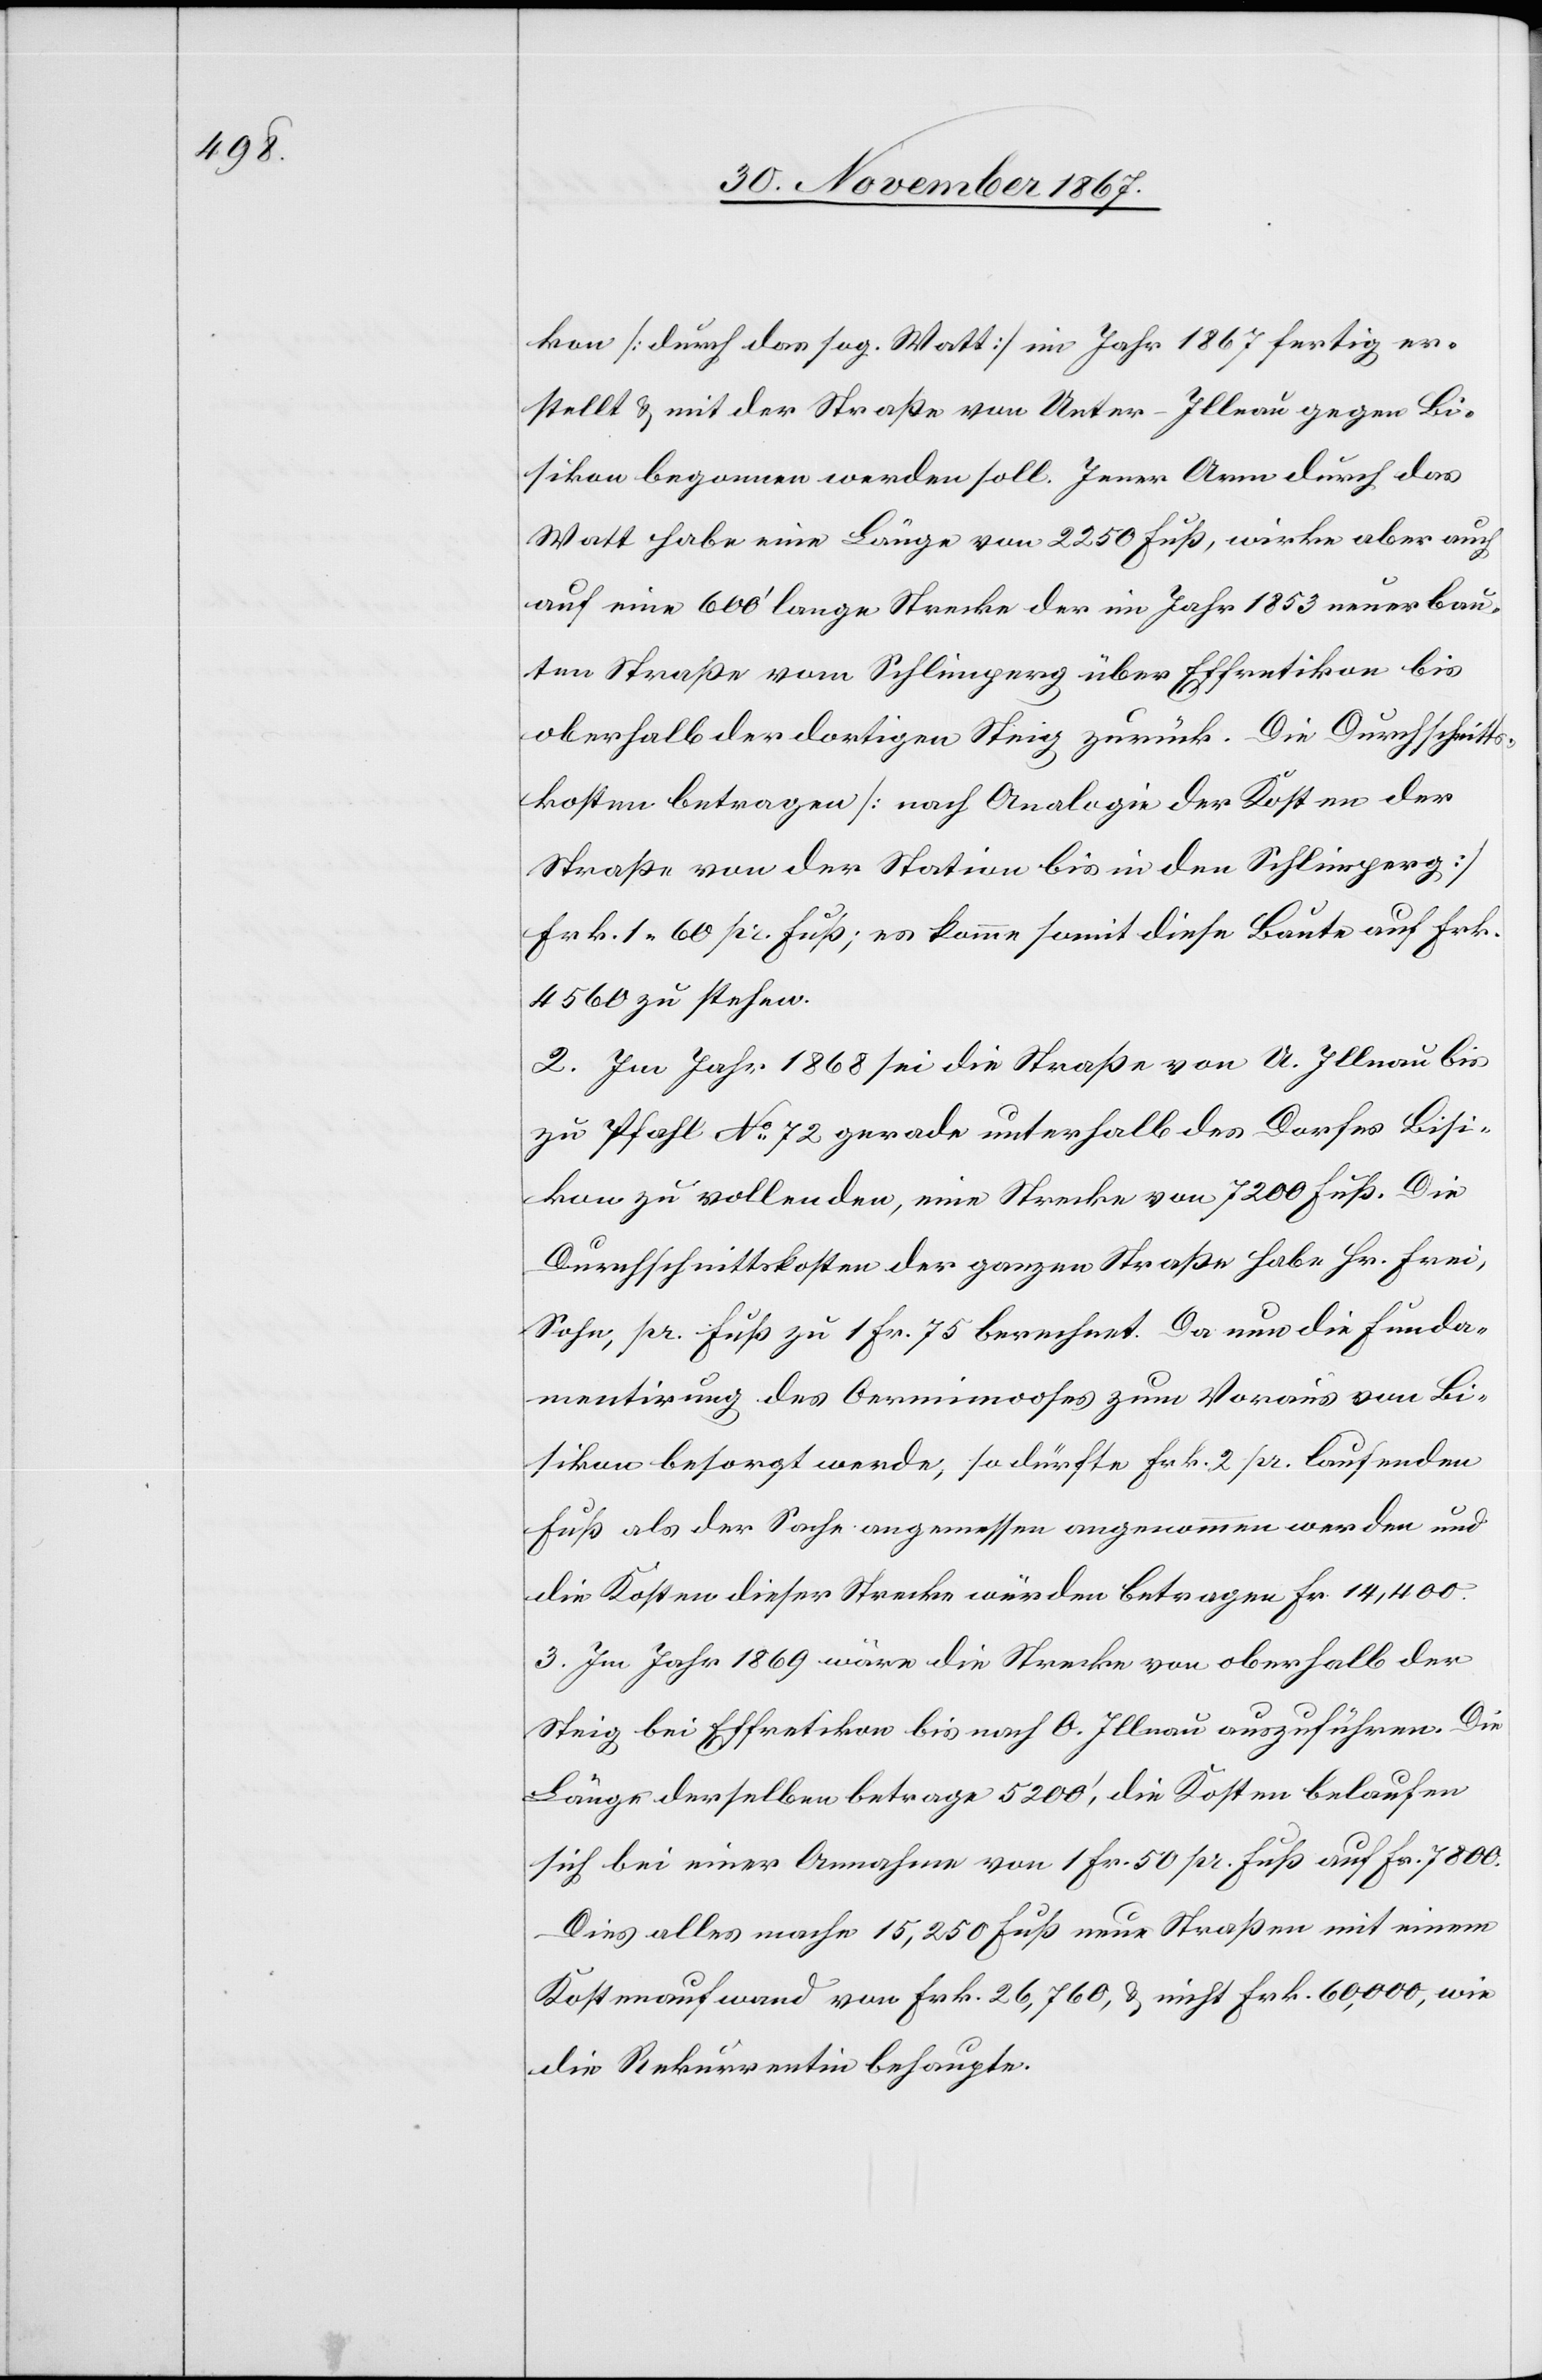
kon [durch das sog. Watt] im Jahr 1867 fertig er¬
stellt u. mit der Straße von Unter-Illnau gegen Bi¬
sikon begonnen werden soll. Jener Arm durch das
Watt habe eine Länge von 2250 Fuß, wirke aber auch
auf eine 600‘ lange Strecke der im Jahr 1853 neuerbau¬
ten Straße von Schlimperg über Effretikon bis
oberhalb der dortigen Steig zurück. Die Durchschnitts¬
kosten betragen [nach Analogie der Kosten der
Straße von der Station bis in den Schlimperg]
Frk. 1.60 pr. Fuß; es komme somit diese Baute auf Frk.
4560 zu stehen.
2. Im Jahr 1868 sei die Straße von O. Illnau bis
zu Pfahl No. 72 gerade unterhalb des Dorfes Bisi¬
kon zu vollenden, eine Strecke von 7200 Fuß. Die
Durchschnittskosten der ganzen Straße habe Hr. Frei,
Sohn, pr. Fuß zu 1 Fr. 75 berechnet. Da nun die Funda¬
mentirung des Oermimooses zum Voraus von Bi¬
sikon besorgt werde, so dürfte Frk 2 pr. laufenden
Fuß als der Sache angemessen angenommen werden und
die Kosten dieser Strecke würden betragen Fr. 14 400.
3. Im Jahr 1869 wäre die Strecke von oberhalb der
Steig bei Effretikon bis nach O. Illnau auszuführen. Die
Länge derselben betrage 5200‘, die Kosten belaufen
sich bei einer Annahme von 1 Fr. 50 pr. Fuß auf Fr. 7800.
Dies alles mache 15 250 Fuß neue Straßen mit einem
Kostenaufwand von Frk. 26 760, u. nicht Frk. 60 000, wie
die Rekurrentin behaupte.